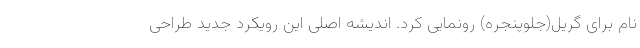
نام برای گریل(جلوپنجره) رونمایی کرد. اندیشه اصلی این رویکرد جدید طراحی